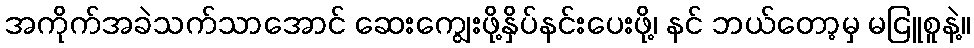
အကိုက်အခဲသက်သာအောင် ဆေးကျွေးဖို့နှိပ်နင်းပေးဖို့၊ နင် ဘယ်တော့မှ မငြူစူနဲ့။